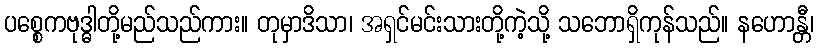
ပစ္စေကဗုဒ္ဓါတို့မည်သည်ကား။ တုမှာဒိသာ၊ အရှင်မင်းသားတို့ကဲ့သို့ သဘောရှိကုန်သည်။ နဟောန္တီ၊